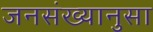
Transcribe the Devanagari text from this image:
जनसंख्यानुसा